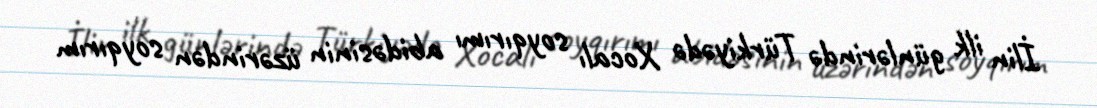
İlin ilk günlərində Türkiyədə Xocalı soyqırımı abidəsinin üzərindən soyqırım